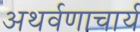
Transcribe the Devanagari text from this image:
अथर्वणाचार्य